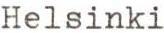
Helsinki